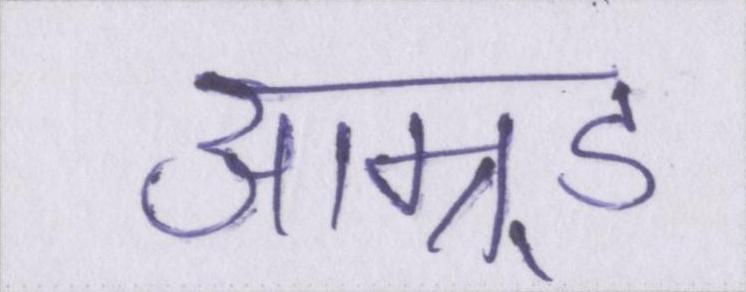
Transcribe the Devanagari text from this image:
आम्र्ड